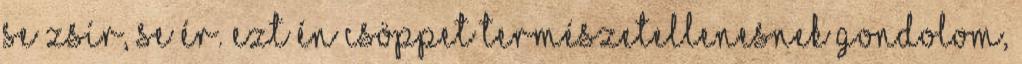
se zsír, se ér. Ezt én csöppet természetellenesnek gondolom,